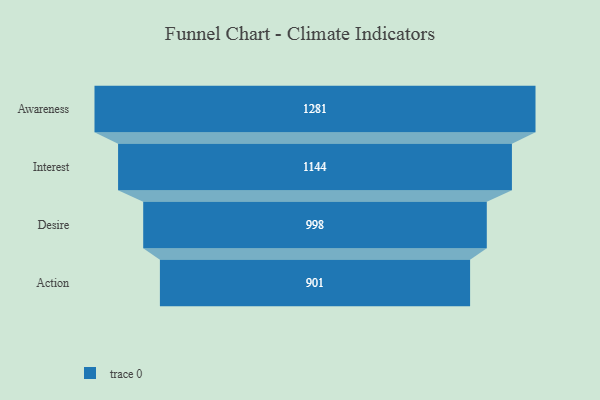
{"axis": {"x": "Stage", "y": "Value"}, "legend": [""], "data": [{"x": "Awareness", "y": 1281.0, "type": ""}, {"x": "Interest", "y": 1144.0, "type": ""}, {"x": "Desire", "y": 998.0, "type": ""}, {"x": "Action", "y": 901.0, "type": ""}]}